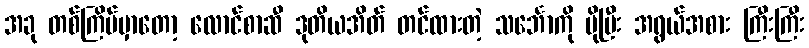
အခု တစ်ကြိမ်မှာတော့ လောင်စာဆီ ဒုတိယအိတ် တင်ထားတဲ့ သင်္ဘောကို ပိုပြီး အရွယ်အစား ကြီးကြီး